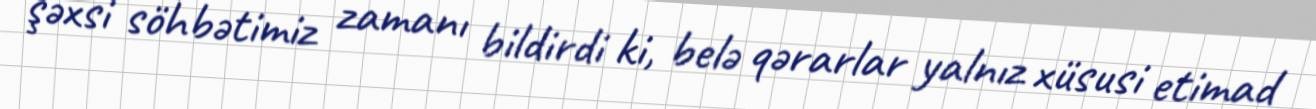
şəxsi söhbətimiz zamanı bildirdi ki, belə qərarlar yalnız xüsusi etimad